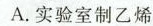
A.实验室制乙烯